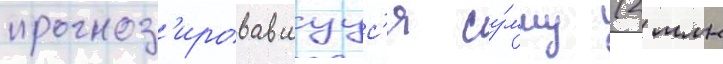
прогноз'ировавшуус'я су́мму (2 млн